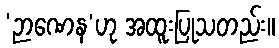
‘ဉာဏေန’ဟု အထူးပြုသတည်း။